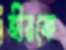
হীরকে